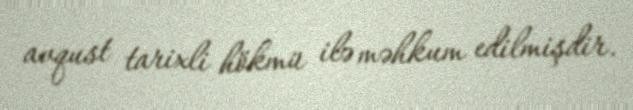
avqust tarixli hökmü ilə məhkum edilmişdir.